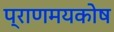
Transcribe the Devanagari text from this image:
प्राणमयकोष